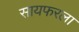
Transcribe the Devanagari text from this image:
सायफरला